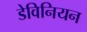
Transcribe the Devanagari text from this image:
डेविनियन